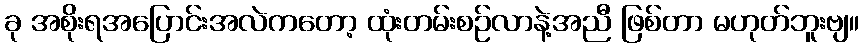
ခု အစိုးရအပြောင်းအလဲကတော့ ထုံးတမ်းစဉ်လာနဲ့အညီ ဖြစ်တာ မဟုတ်ဘူးဗျ။